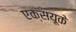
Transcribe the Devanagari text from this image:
एक्सयूके